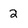
Character: 2